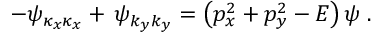
- \psi _ { \kappa _ { x } \kappa _ { x } } + \, \psi _ { k _ { y } k _ { y } } = \left( p _ { x } ^ { 2 } + p _ { y } ^ { 2 } - E \right) \psi \; .